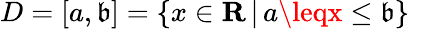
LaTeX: D=[a,\mathfrak{b}]=\{ x\in\mathbf{{R}}\, |\, a\leqx\leq\mathfrak{b}\} \quad